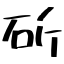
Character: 斫